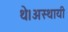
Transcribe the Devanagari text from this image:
थे।अस्थायी